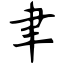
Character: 聿